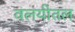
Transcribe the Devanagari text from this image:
वलयीतल